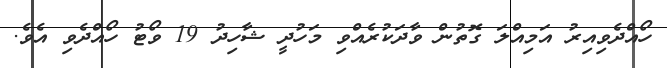
ހޯއްދެވިއިރު އަމިއްލަ ގޮތުން ވާދަކުރެއްވި މަހުދީ ޝާހިދު 19 ވޯޓު ހޯއްދެވި އެވެ.